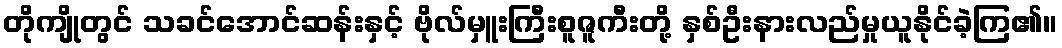
တိုကျိုတွင် သခင်အောင်ဆန်းနှင့် ဗိုလ်မှူးကြီးစူဇူကီးတို့ နှစ်ဦးနားလည်မှုယူနိုင်ခဲ့ကြ၏။